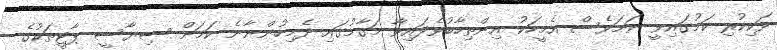
ވަކިކުރި ކަމުގައިވީ ނަމަވެސް އެމީހަކު އިންތިހާބުވެފައިވާ މަގާމުގައި ދެމިހުންނާނެ ކަމަށް ސިޔާސީ ޕާޓީތަކުގެ